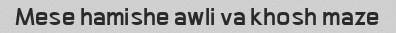
Mese hamishe awli va khosh maze